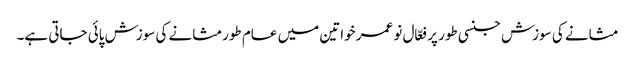
مثانے کی سوزش جنسی طور پر فعّال نو عمر خواتین میں عام طورمثانے کی سوزش پائی جاتی ہے۔